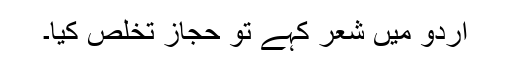
اردو میں شعر کہے تو حجازؔ تخلص کیا۔